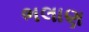
ભલાણ